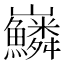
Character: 𡿠